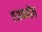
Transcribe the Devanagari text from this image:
एअकमेव